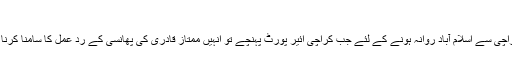
وجود - منگل 01 مارچ 2016
وفاقی وزیراطلاعات پرویز رشید کراچی سے اسلام آباد روانہ ہونے کے لئے جب کراچی ائیر پورٹ پہنچے تو اُنہیں ممتاز قادری کی پھانسی کے رد عمل کا سامنا کرنا پڑا اور کسی نے اُنہیں جوتا مار دیا۔